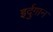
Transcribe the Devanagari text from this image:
इर्दुग़ान